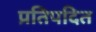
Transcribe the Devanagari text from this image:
प्रतिपदित